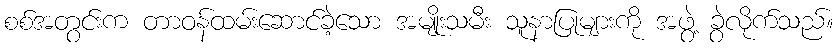
စစ်အတွင်းက တာဝန်ထမ်းဆောင်ခဲ့သော အမျိုးသမီး သူနာပြုများကို အဖွဲ့ ခွဲလိုက်သည်။